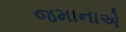
જમાનાએ